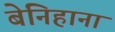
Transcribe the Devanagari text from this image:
बेनिहाना